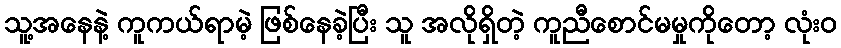
သူ့အနေနဲ့ ကူကယ်ရာမဲ့ ဖြစ်နေခဲ့ပြီး သူ အလိုရှိတဲ့ ကူညီစောင်မမှုကိုတော့ လုံးဝ